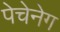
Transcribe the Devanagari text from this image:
पेचेनेग